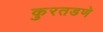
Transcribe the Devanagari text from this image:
कुरतडणे